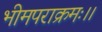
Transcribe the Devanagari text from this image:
भीमपराक्रमः।।